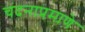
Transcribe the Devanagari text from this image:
चंदनाप्रमाणे